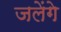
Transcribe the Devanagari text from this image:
जलेंगे